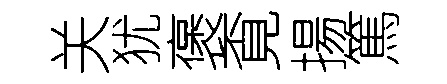
关犹褒覔揚篤